Document type: Sale
Year: 1435
Scribe: Pere Soler
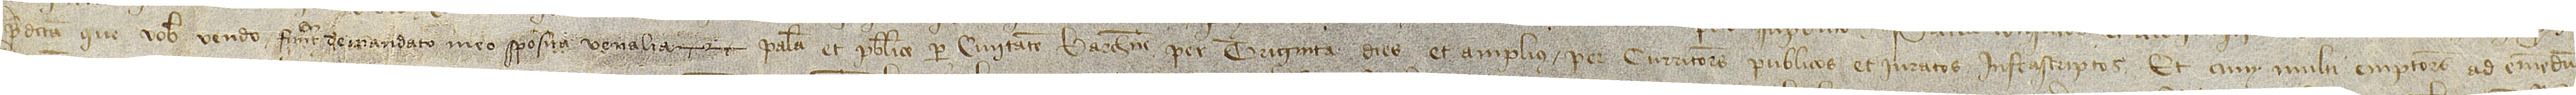
predicta que vobis vendo fuerit de mandato meo sposita venalia, palam et publice per civitatem Barchinone per triginta dies et amplius per curritores publicos et iuratos infrascriptos. Et cum multi emptores ad emendum